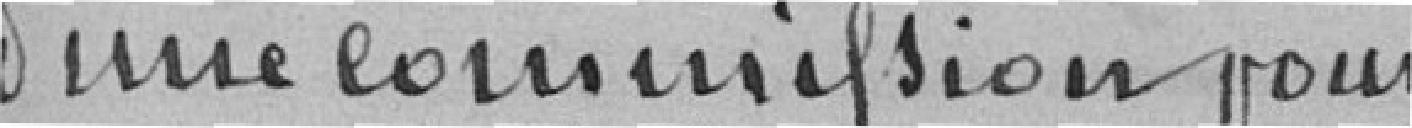
d'une commission pour